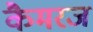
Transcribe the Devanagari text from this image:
कैमरज